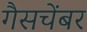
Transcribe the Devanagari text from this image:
गैसचेंबर